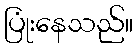
ပြုံးနေသည်။